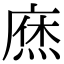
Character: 𢊒